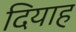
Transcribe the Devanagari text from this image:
दियाह